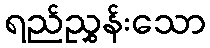
ရည်ညွှန်းသော